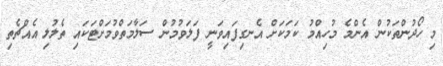
މި ހޯދުންތަކުން އެންމެ މުހިއްމު ކަމަކަށް އެނގިފައިވަނީ ފަލަވުމުން ސަލާމަތްވުމަށްޓަކައި ތެލުލި އެއްޗެތި